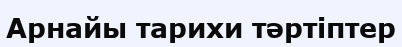
Арнайы тарихи тәртіптер